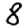
Digit: 8